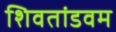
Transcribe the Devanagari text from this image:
शिवतांडवम